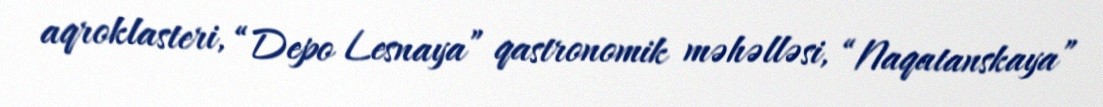
aqroklasteri, “Depo Lesnaya” qastronomik məhəlləsi, “Naqatanskaya”